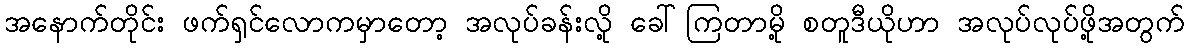
အနောက်တိုင်း ဖက်ရှင်လောကမှာတော့ အလုပ်ခန်းလို့ ခေါ်ကြတာမို့ စတူဒီယိုဟာ အလုပ်လုပ်ဖို့အတွက်